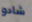
شادو